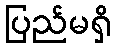
ပြည်မရှိ